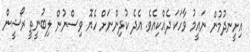
އިށީނދުމުން ނައީމު ވާހަކަ ދެއްކިއެވެ. އެދެ ކުދިންނަށް ހެޔޮ ވިސްނުން ލިބުނީތީ ރޯޝީން